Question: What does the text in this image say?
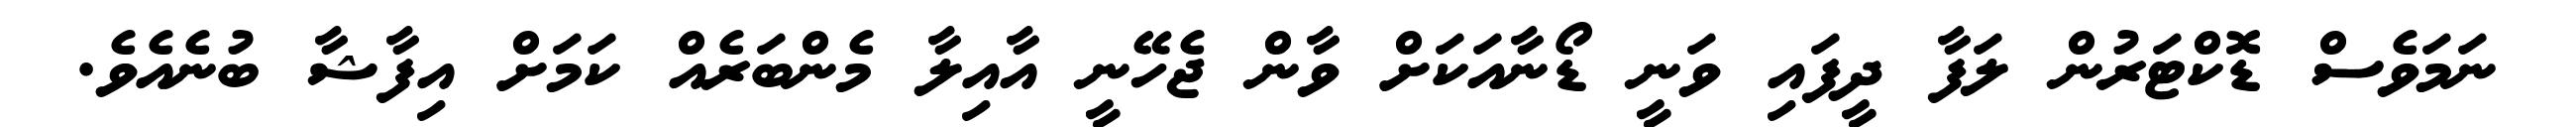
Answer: ނަމަވެސް ޑޮކްޓަރުން ލަފާ ދީފައި ވަނީ ޑޯނާއަކަށް ވާން ޖެހޭނީ އާއިލާ މެންބަރެއް ކަމަށް އިފާޝާ ބުނެއެވެ.